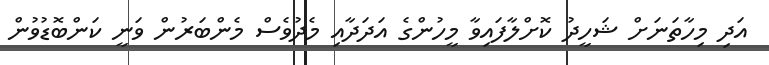
އަދި މިހާތަނަށް ޝަހީދު ކޮށްލާފައިވާ މީހުންގެ އަދަދާއި މެދުވެސް މެންބަރުން ވަނީ ކަންބޮޑުވުން